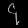
Digit: ၄